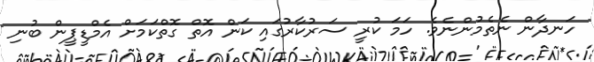
ހަނދާން ނެތެމުންނެވެ. ހަމަ ކުރީ ސަރުކާރުގައި ކަން އޮތް ގޮތްކަމަށް އެމްޑީޕީން ބުނި